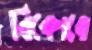
বিকোবে